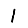
Digit: 1